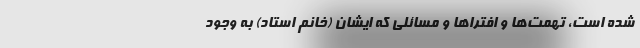
شده است، تهمت‌ها و افترا‌ها و مسائلی که ایشان (خانم استاد) به وجود